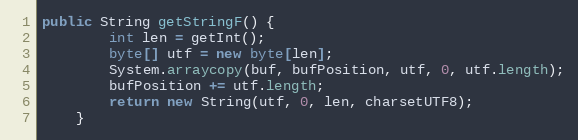
Language: Java
public String getStringF() {
		int len = getInt();
		byte[] utf = new byte[len];
		System.arraycopy(buf, bufPosition, utf, 0, utf.length);
		bufPosition += utf.length;
		return new String(utf, 0, len, charsetUTF8);
	}